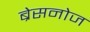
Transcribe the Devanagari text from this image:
ब्रेसनोज